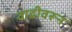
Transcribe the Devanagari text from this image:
वाढीवरून